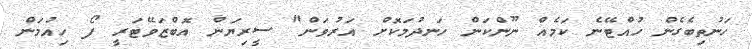
ހަނުތިބެގެން ހުއްޓޭނެ ކަމެއް ނޫންކަން ހަނދުމަކޮށް އަރުވަން" ސީރިޔަން އޮބްޒަވޭޓަރީ ފޯ ހިއުމަން